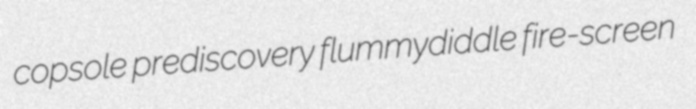
copsole prediscovery flummydiddle fire-screen